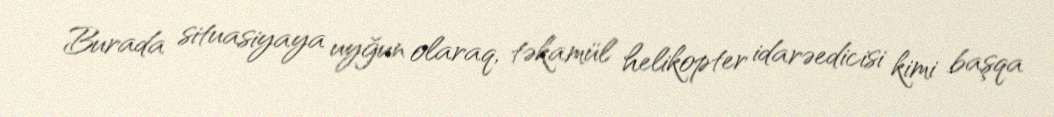
Burada situasiyaya uyğun olaraq, təkamül helikopter idarəedicisi kimi başqa